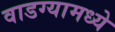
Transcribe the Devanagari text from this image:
वाडग्यामध्ये